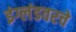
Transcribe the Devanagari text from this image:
इंग्लंडवरचे